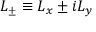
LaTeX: L _ { \pm } \equiv L _ { x } \pm i L _ { y }